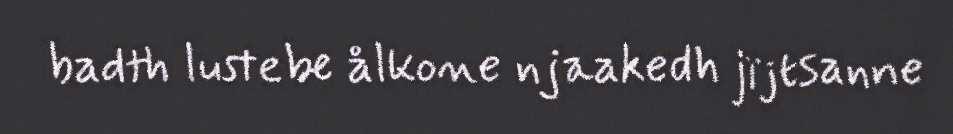
badth lustebe ålkone njaakedh jïjtsanne